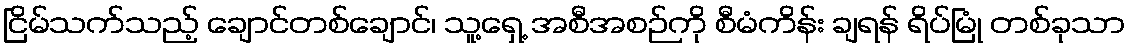
ငြိမ်သက်သည့် ချောင်တစ်ချောင်၊ သူ့ရှေ့ အစီအစဉ်ကို စီမံကိန်း ချရန် ရိပ်မြုံ တစ်ခုသာ